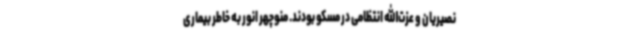
نصیریان و عزت‌الله انتظامی در مسکو بودند. منوچهر انور به‌ خاطر بیماری